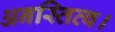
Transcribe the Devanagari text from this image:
अनस्तित्व।